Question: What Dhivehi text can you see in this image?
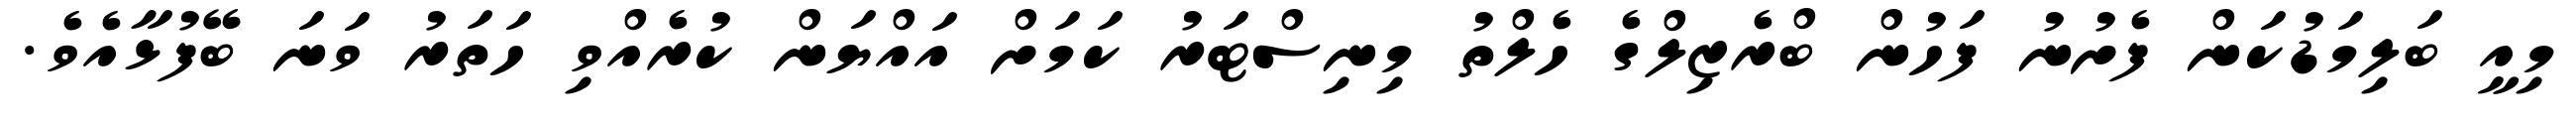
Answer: މިއީ ބަލިމަޑުކަން ފެށުނު ފަހުން ބްރެޒިލްގެ ހެލްތު މިނިސްޓަރު ކަމަށް އައްޔަން ކުރެއްވި ހަތަރު ވަނަ ބޭފުޅާއެވެ.